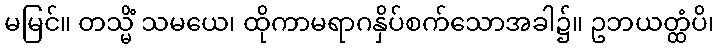
မမြင်။ တသ္မိံ သမယေ၊ ထိုကာမရာဂနှိပ်စက်သောအခါ၌။ ဥဘယတ္ထံပိ၊